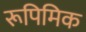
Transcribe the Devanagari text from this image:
रूपिमिक